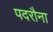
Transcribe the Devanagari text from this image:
पदरौना